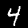
Digit: 4